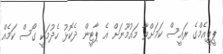
ޕީޕީއެމްގެ ރައީސް ކަމަށްވާ މައުމޫނަށް އެ ޕާޓީން ދެކޮޅު ހެދުމަކީ ގޯސް ކަމެއް